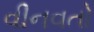
વીનવતો